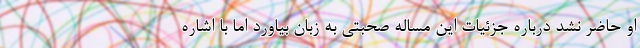
او حاضر نشد درباره جزئیات این مساله صحبتی به زبان بیاورد اما با اشاره